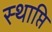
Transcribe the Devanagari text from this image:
स्थाप्ति